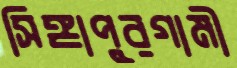
সিঙ্গাপুরগামী